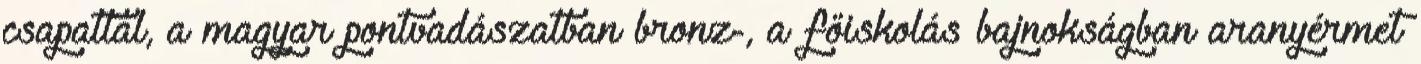
csapattal, a magyar pontvadászatban bronz-, a főiskolás bajnokságban aranyérmet